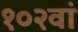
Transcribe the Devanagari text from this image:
१०२वां